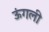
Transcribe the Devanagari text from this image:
ऊंगली